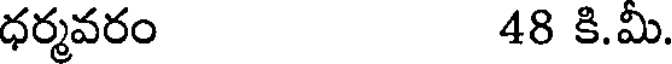
ధర్మవరం 48 కి.మి.